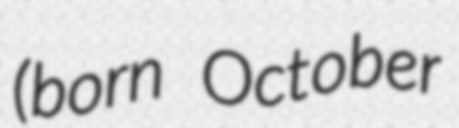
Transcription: (born October